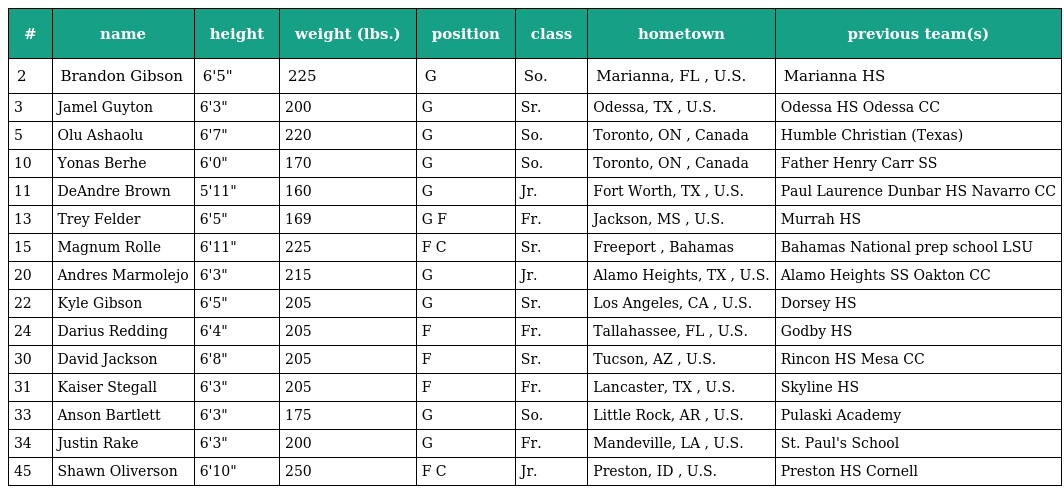
| # | name | height | weight (lbs.) | position | class | hometown | previous team(s) |
 | --- | --- | --- | --- | --- | --- | --- | --- |
 | 2 | Brandon Gibson | 6'5" | 225 | G | So. | Marianna, FL , U.S. | Marianna HS |
 | 3 | Jamel Guyton | 6'3" | 200 | G | Sr. | Odessa, TX , U.S. | Odessa HS Odessa CC |
 | 5 | Olu Ashaolu | 6'7" | 220 | G | So. | Toronto, ON , Canada | Humble Christian (Texas) |
 | 10 | Yonas Berhe | 6'0" | 170 | G | So. | Toronto, ON , Canada | Father Henry Carr SS |
 | 11 | DeAndre Brown | 5'11" | 160 | G | Jr. | Fort Worth, TX , U.S. | Paul Laurence Dunbar HS Navarro CC |
 | 13 | Trey Felder | 6'5" | 169 | G F | Fr. | Jackson, MS , U.S. | Murrah HS |
 | 15 | Magnum Rolle | 6'11" | 225 | F C | Sr. | Freeport , Bahamas | Bahamas National prep school LSU |
 | 20 | Andres Marmolejo | 6'3" | 215 | G | Jr. | Alamo Heights, TX , U.S. | Alamo Heights SS Oakton CC |
 | 22 | Kyle Gibson | 6'5" | 205 | G | Sr. | Los Angeles, CA , U.S. | Dorsey HS |
 | 24 | Darius Redding | 6'4" | 205 | F | Fr. | Tallahassee, FL , U.S. | Godby HS |
 | 30 | David Jackson | 6'8" | 205 | F | Sr. | Tucson, AZ , U.S. | Rincon HS Mesa CC |
 | 31 | Kaiser Stegall | 6'3" | 205 | F | Fr. | Lancaster, TX , U.S. | Skyline HS |
 | 33 | Anson Bartlett | 6'3" | 175 | G | So. | Little Rock, AR , U.S. | Pulaski Academy |
 | 34 | Justin Rake | 6'3" | 200 | G | Fr. | Mandeville, LA , U.S. | St. Paul's School |
 | 45 | Shawn Oliverson | 6'10" | 250 | F C | Jr. | Preston, ID , U.S. | Preston HS Cornell |